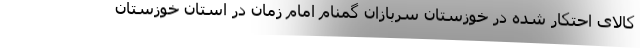
کالای احتکار شده در خوزستان سربازان گمنام امام زمان در استان خوزستان